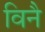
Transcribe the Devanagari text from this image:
विनै